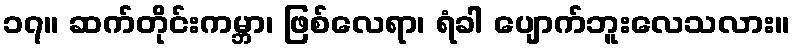
၁၇။ ဆက်တိုင်းကမ္ဘာ၊ ဖြစ်လေရာ၊ ရံခါ ပျောက်ဘူးလေသလား။